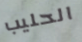
الحليب